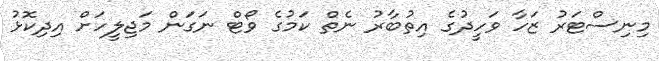
މިނިސްޓަރު ޒަހާ ވަހީދުގެ އިތުބާރު ނެތް ކަމުގެ ވޯޓް ނަގަން މަޖިލީހަށް އިދިކޮޅު